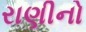
રાણીનો